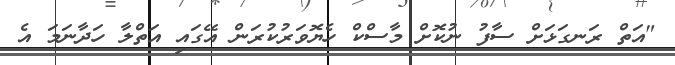
"އަތް ރަނގަޅަށް ސާފު ނުކޮށް މާސްކް ހެޔޮވަރުކުރަން އޭގައި އަތްލާ ހަދާނަމަ އެ